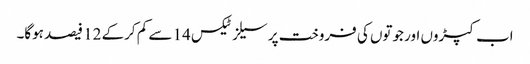
اب کپڑوں اور جوتوں کی فروخت پر سیلز ٹیکس 14 سے کم کرکے 12 فیصد ہوگا۔